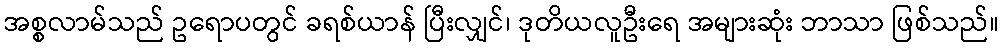
အစ္စလာမ်သည် ဥရောပတွင် ခရစ်ယာန် ပြီးလျှင်၊ ဒုတိယလူဦးရေ အများဆုံး ဘာသာ ဖြစ်သည်။